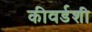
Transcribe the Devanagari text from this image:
कीवर्डशी